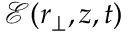
\boldsymbol { \mathcal { E } } ( { \boldsymbol { r } } _ { \perp } , z , t )